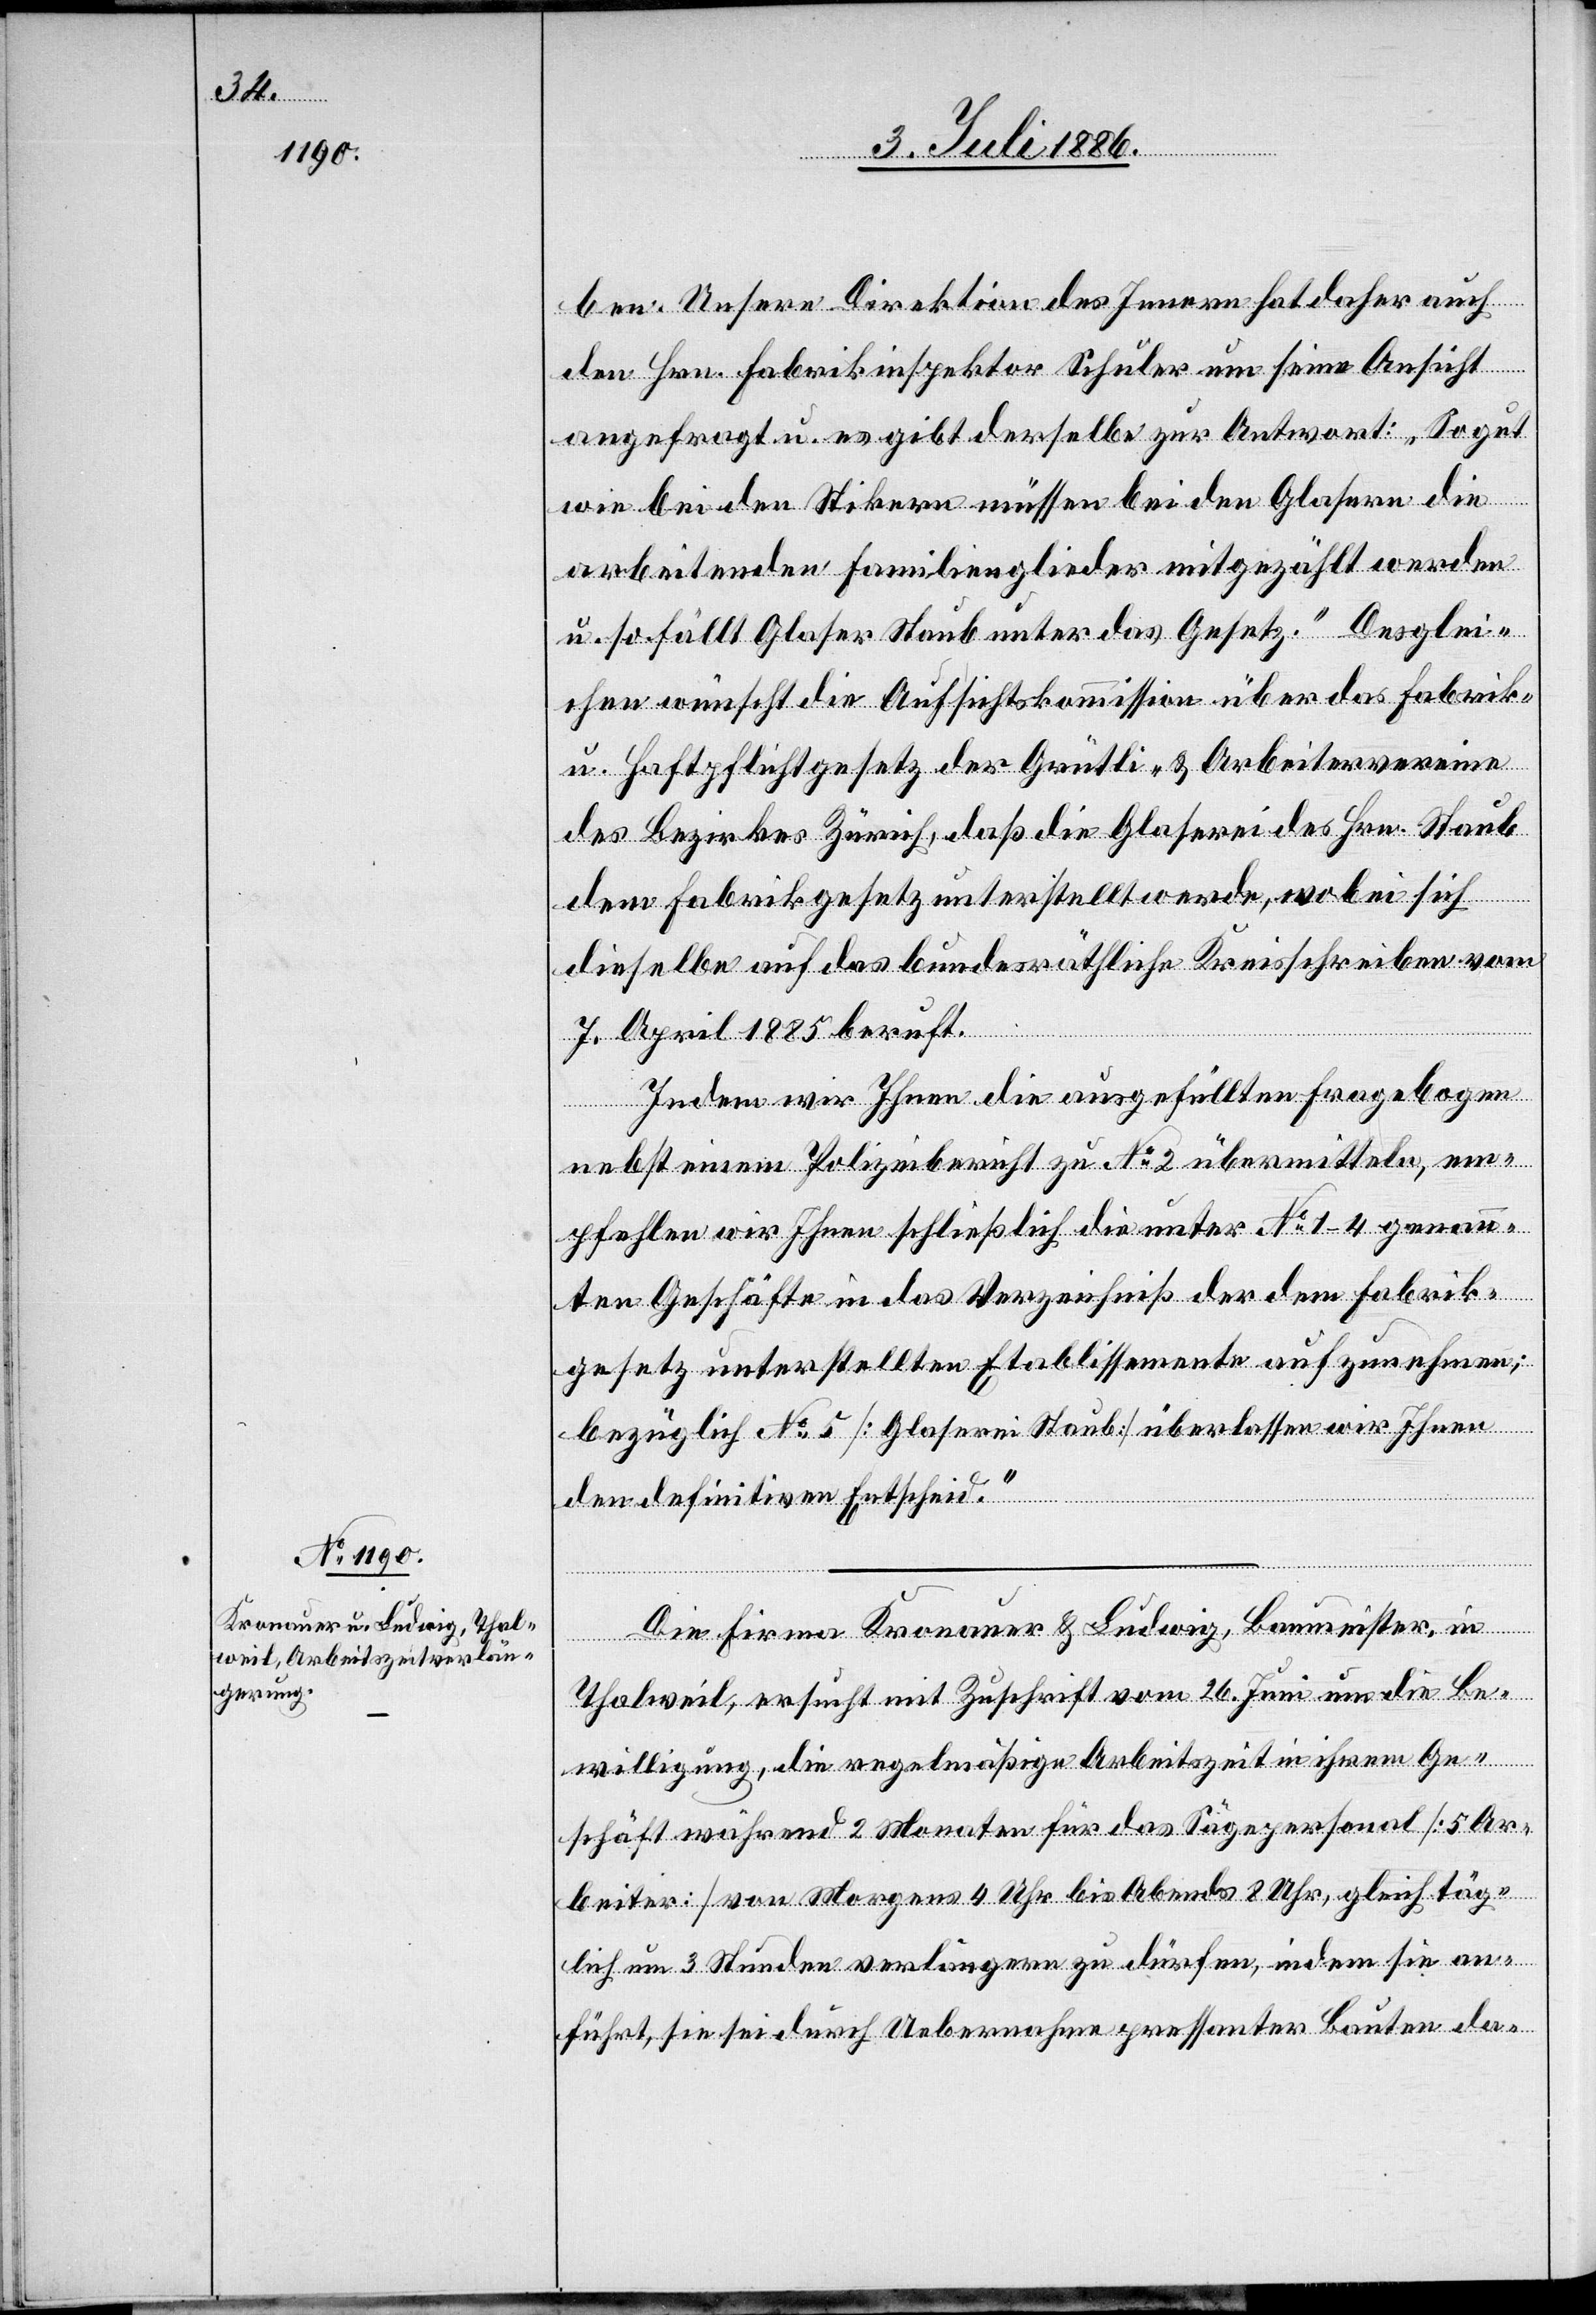
ben. Unsere Direktion des Innern hat daher auch
den Hrn. Fabrikinspektor Schuler um seine Ansicht
angefragt u. es gibt derselbe zur Antwort: „So gut
wie bei den Stickern müssen bei den Glasern die
arbeitenden Familienglieder mitgezählt werden
u. so fällt Glaser Staub unter das Gesetz.“ Desglei¬
chen wünscht die Aufsichtskommission über das Fabrik-
u. Haftpflichtgesetz der Grütli- & Arbeitervereine
des Bezirkes Zürich, daß die Glaserei des Hrn. Staub
dem Fabrikgesetz unterstellt werde, wobei sich
dieselbe auf das bundesräthliche Kreisschreiben vom
7. April 1885 beruft.
Indem wir Ihnen die ausgefüllten Fragebogen
nebst einem Polizeibericht zu No 2 übermitteln, em¬
pfehlen wir Ihnen schließlich die unter No 1–4 genann¬
ten Geschäfte in das Verzeichniß der dem Fabrik¬
gesetz unterstellten Etablissemente aufzunehmen;
bezüglich No 5 [Glaserei Staub] überlassen wir Ihnen
den definitiven Entscheid.“
Die Firma Kronauer & Ludwig, Baumeister, in
Thalweil, ersucht mit Zuschrift vom 26. Juni um die Be¬
willigung, die regelmäßige Arbeitszeit in ihrem Ge¬
schäft während 2 Monaten für das Sägepersonal [5 Ar¬
beiter] von Morgens 4 Uhr bis Abends 8 Uhr, gleich täg¬
lich um 3 Stunden verlängern zu dürfen, indem sie an¬
führt, sie sei durch Uebernahme pressanter Bauten da-